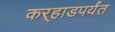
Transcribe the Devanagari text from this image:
कर्‍हाडपर्यंत